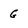
Character: G